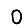
Digit: 0